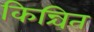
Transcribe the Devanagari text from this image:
किन्चित